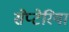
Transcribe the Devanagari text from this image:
सेप्टेरिया